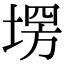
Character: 塄